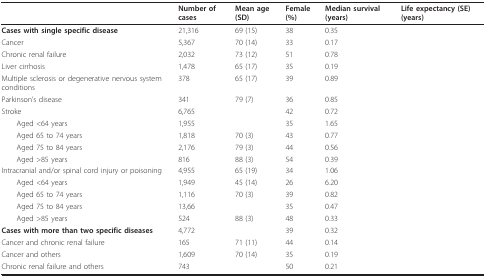
<table><thead><tr><td>[EMPTY_CELL]</td><td><b>Number of cases</b></td><td><b>Mean age (SD)</b></td><td><b>Female (%)</b></td><td><b>Median survival (years)</b></td><td><b>Life expectancy (SE) (years)</b></td></tr></thead><tbody><tr><td><b>Cases with single specific disease</b></td><td>21,316</td><td>69 (15)</td><td>38</td><td>0.35</td><td>[EMPTY_CELL]</td></tr><tr><td>Cancer</td><td>5,367</td><td>70 (14)</td><td>33</td><td>0.17</td><td>[EMPTY_CELL]</td></tr><tr><td>Chronic renal failure</td><td>2,032</td><td>73 (12)</td><td>51</td><td>0.78</td><td>[EMPTY_CELL]</td></tr><tr><td>Liver cirrhosis</td><td>1,478</td><td>65 (17)</td><td>35</td><td>0.19</td><td>[EMPTY_CELL]</td></tr><tr><td>Multiple sclerosis or degenerative nervous system conditions</td><td>378</td><td>65 (17)</td><td>39</td><td>0.89</td><td>[EMPTY_CELL]</td></tr><tr><td>Parkinson's disease</td><td>341</td><td>79 (7)</td><td>36</td><td>0.85</td><td>[EMPTY_CELL]</td></tr><tr><td>Stroke</td><td>6,765</td><td>[EMPTY_CELL]</td><td>42</td><td>0.72</td><td>[EMPTY_CELL]</td></tr><tr><td> Aged &lt;64 years</td><td>1,955</td><td>[EMPTY_CELL]</td><td>35</td><td>1.65</td><td>[EMPTY_CELL]</td></tr><tr><td> Aged 65 to 74 years</td><td>1,818</td><td>70 (3)</td><td>43</td><td>0.77</td><td>[EMPTY_CELL]</td></tr><tr><td> Aged 75 to 84 years</td><td>2,176</td><td>79 (3)</td><td>44</td><td>0.56</td><td>[EMPTY_CELL]</td></tr><tr><td> Aged &gt;85 years</td><td>816</td><td>88 (3)</td><td>54</td><td>0.39</td><td>[EMPTY_CELL]</td></tr><tr><td>Intracranial and/or spinal cord injury or poisoning</td><td>4,955</td><td>65 (19)</td><td>34</td><td>1.06</td><td>[EMPTY_CELL]</td></tr><tr><td> Aged &lt;64 years</td><td>1,949</td><td>45 (14)</td><td>26</td><td>6.20</td><td>[EMPTY_CELL]</td></tr><tr><td> Aged 65 to 74 years</td><td>1,116</td><td>70 (3)</td><td>39</td><td>0.82</td><td>[EMPTY_CELL]</td></tr><tr><td> Aged 75 to 84 years</td><td>13,66</td><td>[EMPTY_CELL]</td><td>35</td><td>0.47</td><td>[EMPTY_CELL]</td></tr><tr><td> Aged &gt;85 years</td><td>524</td><td>88 (3)</td><td>48</td><td>0.33</td><td>[EMPTY_CELL]</td></tr><tr><td><b>Cases with more than two specific diseases</b></td><td>4,772</td><td>[EMPTY_CELL]</td><td>39</td><td>0.32</td><td>[EMPTY_CELL]</td></tr><tr><td>Cancer and chronic renal failure</td><td>165</td><td>71 (11)</td><td>44</td><td>0.14</td><td>[EMPTY_CELL]</td></tr><tr><td>Cancer and others</td><td>1,609</td><td>70 (14)</td><td>35</td><td>0.19</td><td>[EMPTY_CELL]</td></tr><tr><td>Chronic renal failure and others</td><td>743</td><td>[EMPTY_CELL]</td><td>50</td><td>0.21</td><td>[EMPTY_CELL]</td></tr></tbody></table>